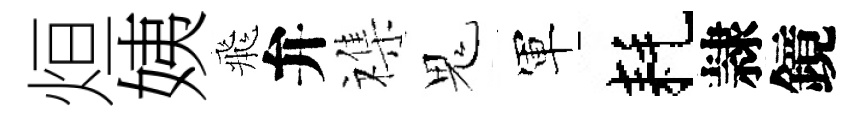
烜姨飛弁襍鬼軍耗隷鏡